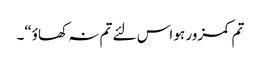
تم کمزور ہو اس لئے تم نہ کھاؤ“۔